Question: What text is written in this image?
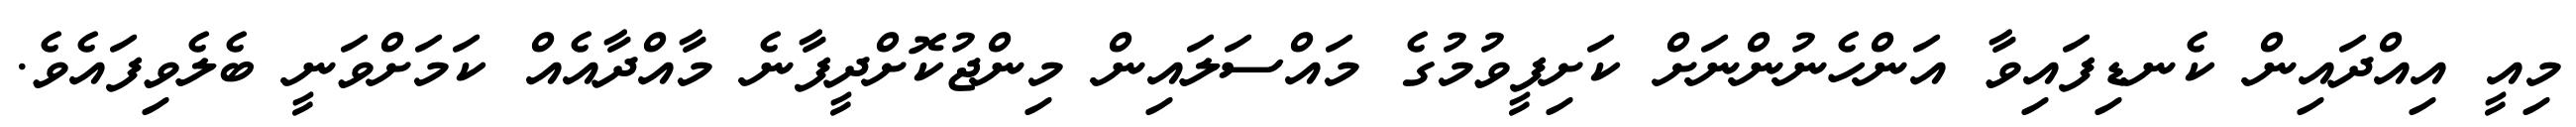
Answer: މިއީ އިއްދައިން ކެނޑިފައިވާ އަންހެނުންނަށް ކަށިފީވުމުގެ މައްސަލައިން މިންޖުކޮށްދީފާނެ މާއްދާއެއް ކަމަށްވަނީ ބެލެވިފައެވެ.